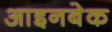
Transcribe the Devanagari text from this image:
आइनबेक